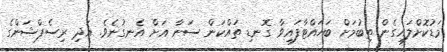
މަޑުކޮށްލައިގެން ތިބުމަށް ބަހައްޓާފައިވާ ގޮނޑި ތައްކަން ސަނާ އަށް އެނގުނެވެ. އަދި ރިސެޕްޝަންގެ